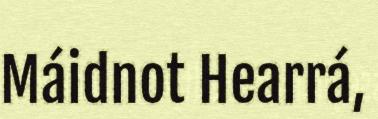
Máidnot Hearrá,